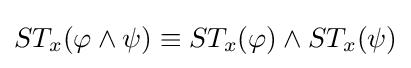
ST_{x}(\varphi \wedge \psi )\equiv ST_{x}(\varphi )\wedge ST_{x}(\psi )